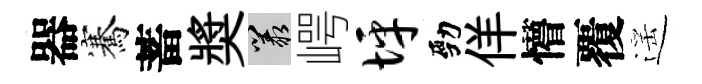
器騫蓄奬叢崿坪勁佯懵覆遥